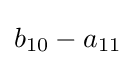
b_{10}-a_{11}